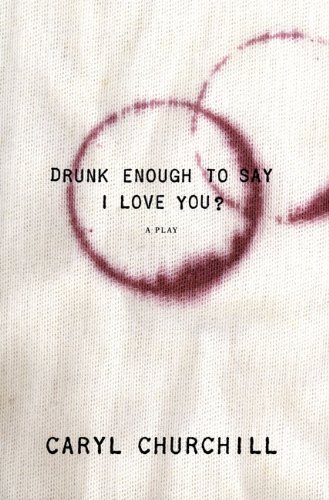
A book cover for Drunk Enough to Say I Love You?; Caryl Churchill; Literature & Fiction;